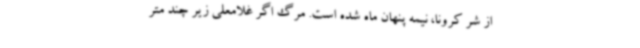
از شر کرونا، نیمه پنهان ماه شده‌ است. مرگ اگر غلامعلی زیر چند متر